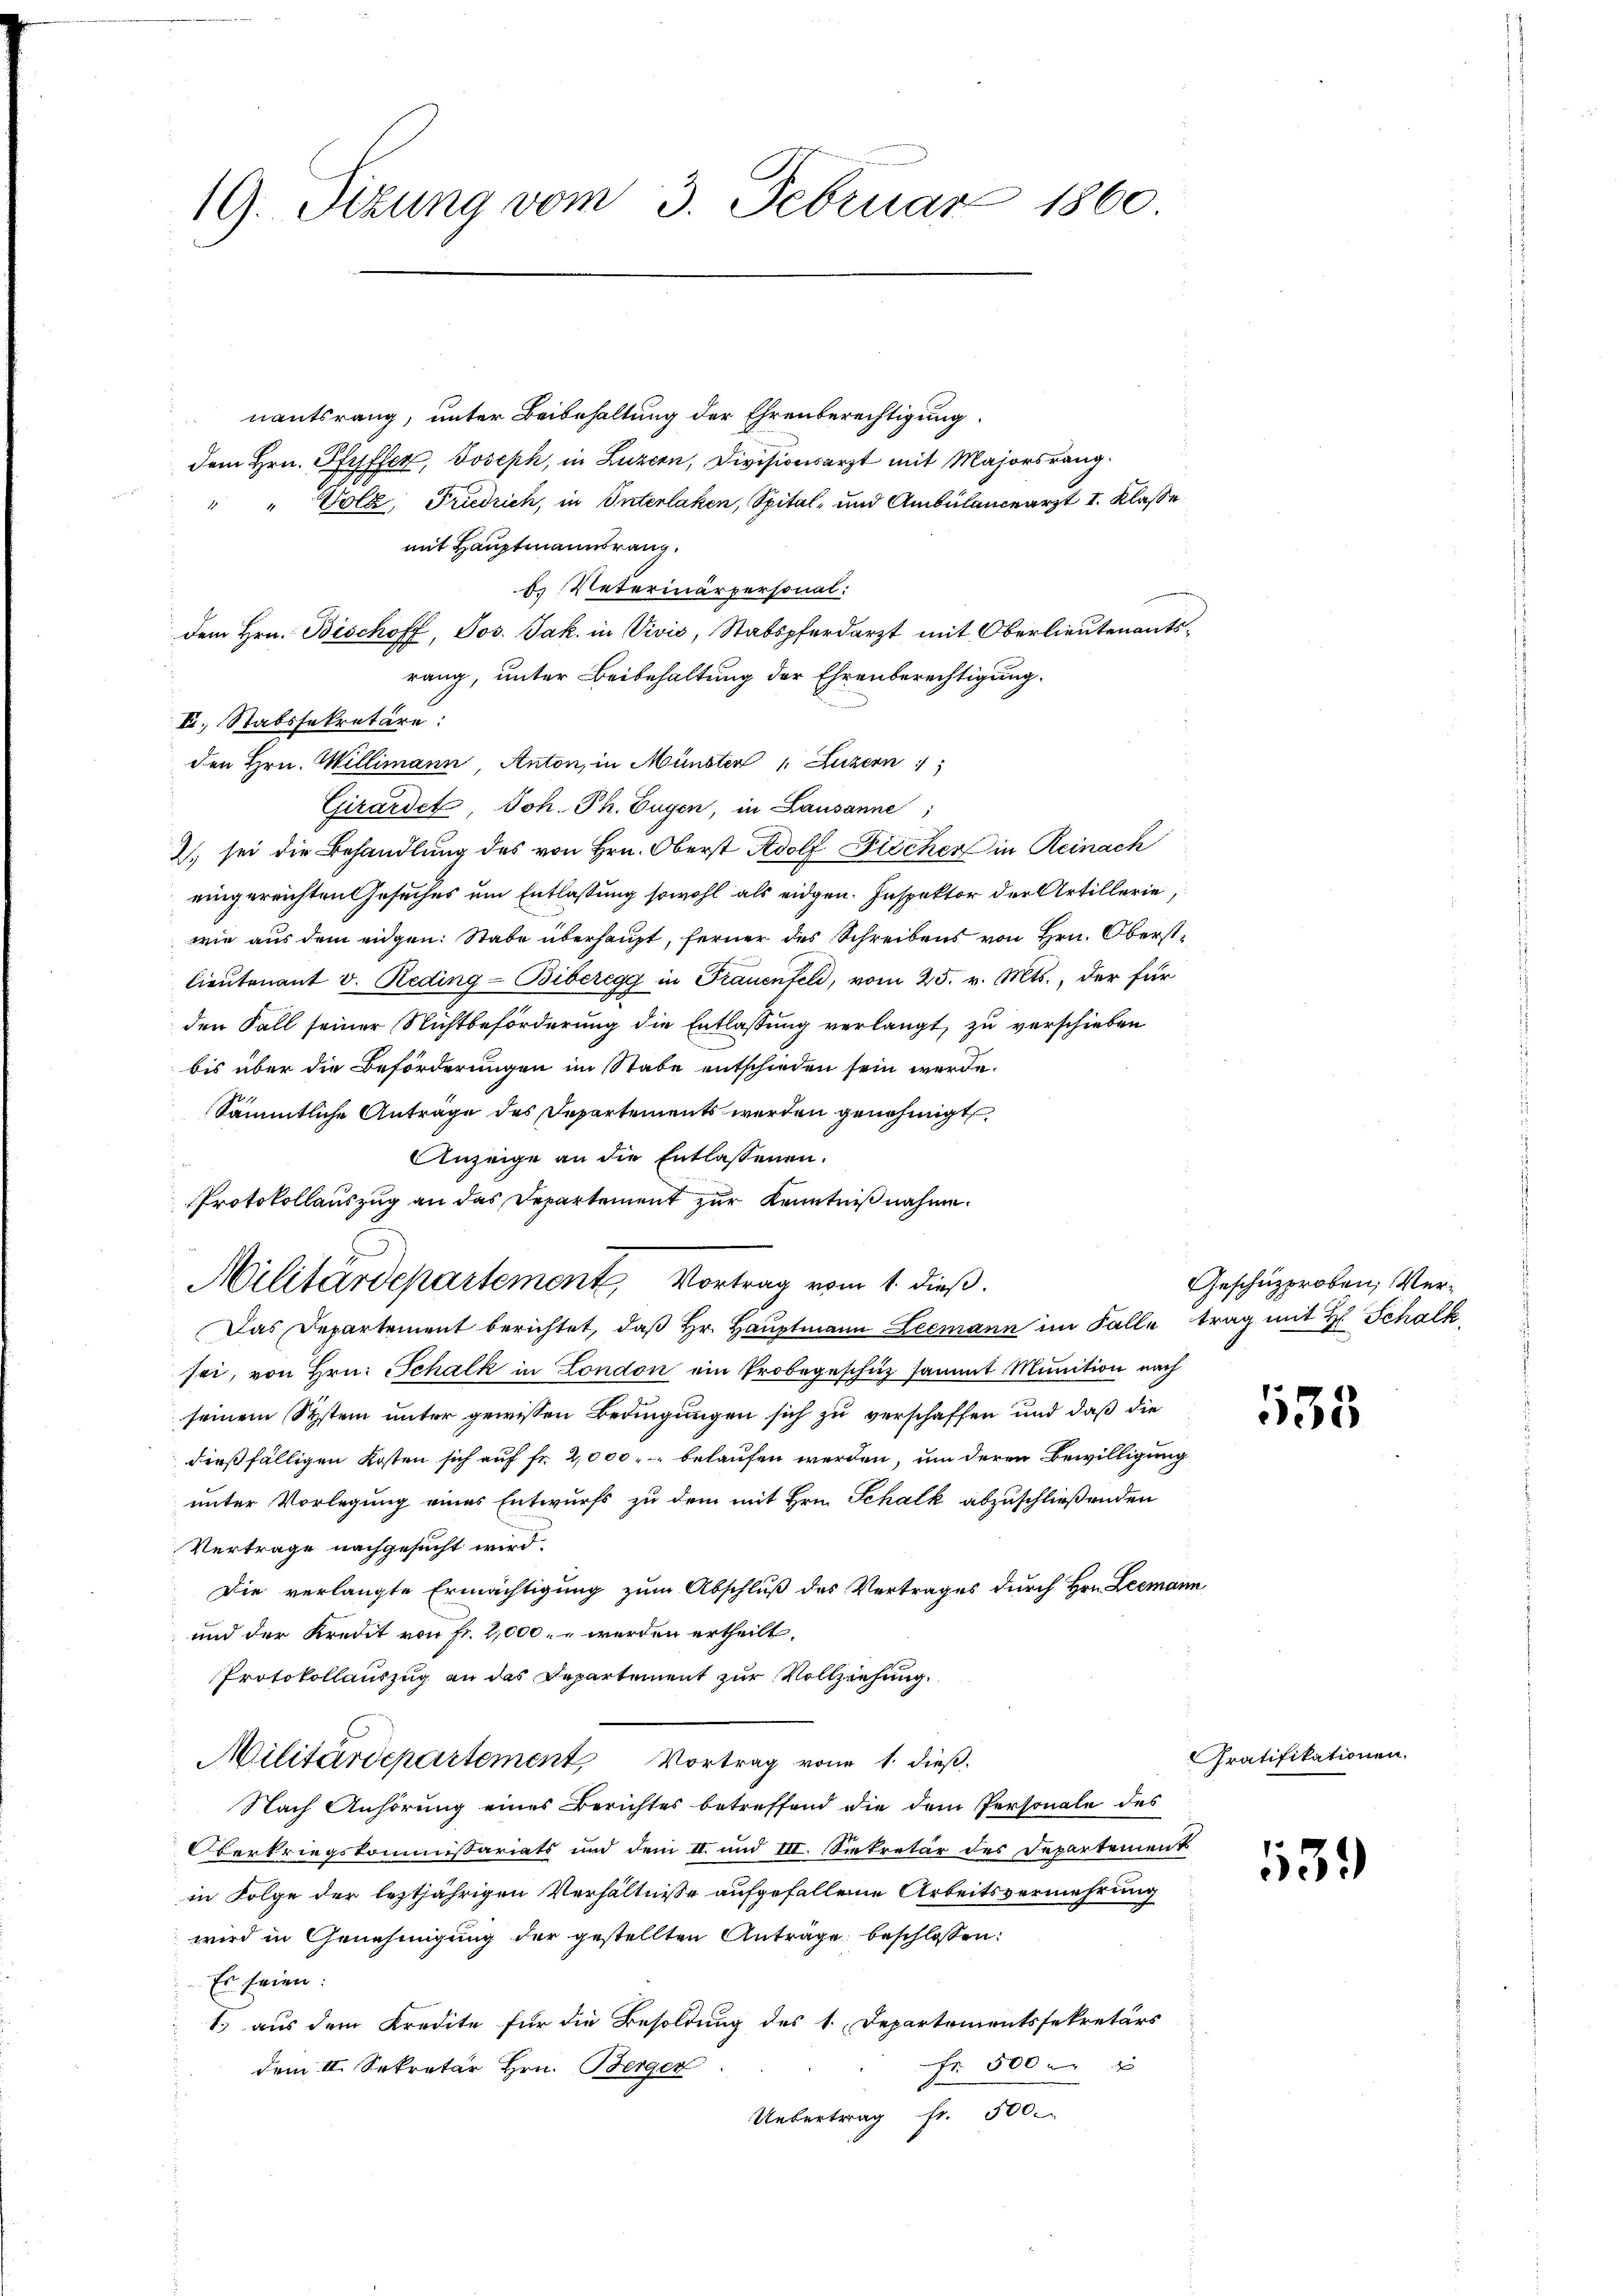
19. Sizung vom 3. Februar 1860.

nantsrang, unter Beibehaltung der Ehrenberechtigung
dem Hrn. Pfyffer, Joseph, in Luzern, Divisionsarzt mit Majorsrang.
" " Volz, Friedrich, in Interlaken, Spital- und Ambülanceärzt I. Klasse
mit Hauptmannsrang.
b. Veterinärpersonal:
dem Hrn. Bischoff, Jos. Jak. in Vivis, Stabspferdarzt mit Oberlieutenantsrang, unter Beibehaltung der Ehrenberechtigung.
I. Stabssekretäre:
den Hrn. Willimann, Anton, in Münster Luzern 1
Girardet, Joh. Ph. Eugen, in Lausanne
) sei die Behandlung des von Hrn. Oberst Adolf Fischer in Reinach
eingereichten Gesuches um Entlaßung sowohl als eidgen. Inspektor der Artillerie,
wie aus dem eidgen: Stabe überhaupt, ferner des Schreibens von Hrn. Oberstlieutenant v. Reding-Biberegg in Frauenfeld, vom 25. v. Mts., der für
den Fall seiner Nichtbeförderung die Entlassung verlangt, zu verschieben
bis über die Beförderungen im Stabe entschieden sein werde.
Sämmtliche Anträge des Departements werden genehmigt
Anzeige an die Entlassenen.
Protokollauszug an das Departement zur Kenntnißnahme.
Militärdepartement, Vortrag vom 1. dieß.
Das Departement berichtet, daß Hr. Hauptmann Leemann im Falle trag mit H. Schalk
sei, von Hrn. Schalk in London ein Probegeschüz sammt Munition nach
seinem System unter gewissen Bedingungen sich zu verschaffen und daß die
dießfälligen Kosten sich auf fr. 2,000 belaufen werden, um deren Bewilligung
unter Vorlegung eines Entwurfs zu dem mit Hrn. Schalk abzuschließenden
Vertrage nachgesucht wird.
Die verlangte Ermächtigung zum Abschluß des Vertrages durch Hrn. Leemann
und der Kredit von Fr. 2,000. u werden ertheilt.
Protokollauszug an das Departement zur Vollziehung
Militärdepartement Vortrag von 1. dieß.
Nach Anhörung eines Berichtes betreffend die dem Personale des
Oberkriegskommissariats und dem II. und III. Seekretär des Departement
in Folge der leztjährigen Verhältnisse aufgefallene Arbeitsvermehrung
wird in Genehmigung der gestellten Anträge beschlossen:
Es seien:
1.) aus dem Kredite für die Besoldung des 1. Departementssekretärs
Fr. 500 x
dem II. Sekretär Hrn. Berger
Uebertrag Fr. 500.

Geschüzproben, Ver¬

133

ratifikationen.

113.